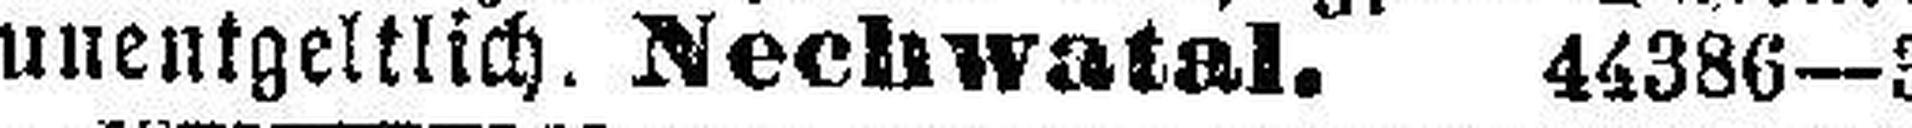
unentgeltlich. Nechwatal. 44386—3